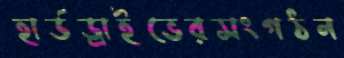
হার্ডড্রাইভেরসংগঠন